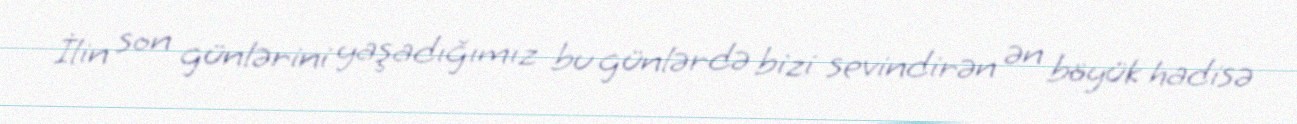
İlin son günlərini yaşadığımız bu günlərdə bizi sevindirən ən böyük hadisə